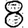
Digit: 8